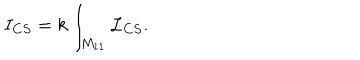
I _ { C S } = k \int _ { M _ { 1 1 } } { \cal L } _ { C S } .